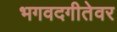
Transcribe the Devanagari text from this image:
भगवदगीतेवर